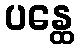
ပန္ထေ